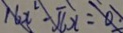
1 6 X ^ { 2 } - \pi x = 0